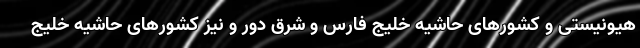
هیونیستی و کشورهای حاشیه خلیج فارس و شرق دور و نیز کشورهای حاشیه خلیج